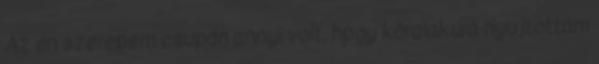
Az én szerepem csupán annyi volt, hpgy köralakúra nyujtottam